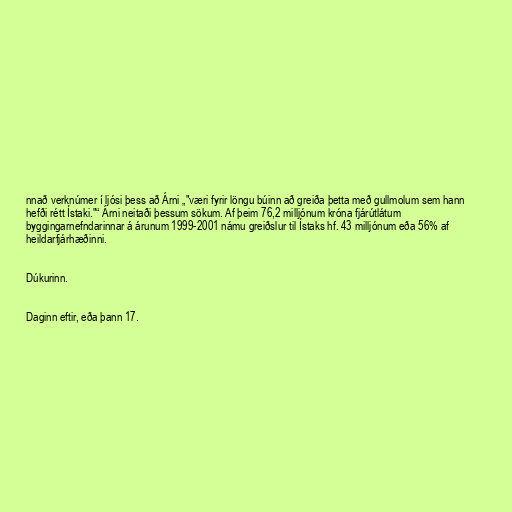
nnað verknúmer í ljósi þess að Árni „"væri fyrir löngu búinn að greiða þetta með gullmolum sem hann
hefði rétt Ístaki."“ Árni neitaði þessum sökum. Af þeim 76,2 milljónum króna fjárútlátum
byggingarnefndarinnar á árunum 1999-2001 námu greiðslur til Ístaks hf. 43 milljónum eða 56% af
heildarfjárhæðinni.

Dúkurinn.

Daginn eftir, eða þann 17.